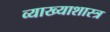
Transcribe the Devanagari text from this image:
व्याख्याशास्त्र